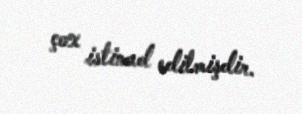
çox istinad edilmişdir.